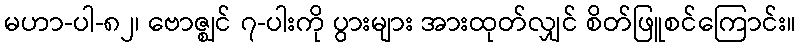
မဟာ-ပါ-၈၂၊ ဗောဇ္ဈင် ၇-ပါးကို ပွားများ အားထုတ်လျှင် စိတ်ဖြူစင်ကြောင်း။